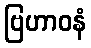
ဗြဟာဝနံ